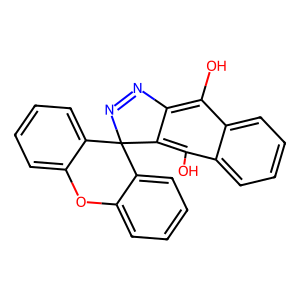
SMILES: Oc1c2c(c(O)c3ccccc13)C1(N=N2)c2ccccc2Oc2ccccc21
Inhibits HIV replication: No